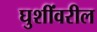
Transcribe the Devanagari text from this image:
घुशींवरील